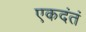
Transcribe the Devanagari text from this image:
एकदंतं